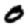
Digit: 0